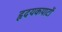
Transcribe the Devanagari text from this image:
हृदयकपाटों